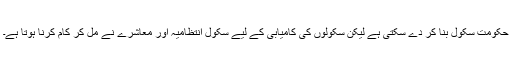
حکومت سکول بنا کر دے سکتی ہے لیکن سکولوں کی کامیابی کے لیے سکول انتظامیہ اور معاشرے نے مل کر کام کرنا ہوتا ہے۔